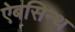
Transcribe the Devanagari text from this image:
ऐबसिन्थ